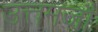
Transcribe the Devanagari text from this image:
उत्तमजौ